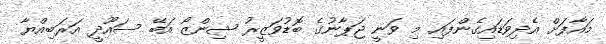
މައާފަށް އެދިވަޑައިގެންފައި މި ވަނީ ޖަޕާނުގެ ބޮޑުވަޒީރު ޝިންޒޯ އަބޭ ސައޫދީ އަރަބިއްޔާ